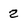
Character: 2